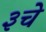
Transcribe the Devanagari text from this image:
३चे